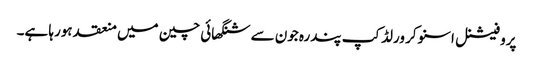
پروفیشنل اسنوکر ورلڈکپ پندرہ جون سے شنگھائی چین میں منعقد ہورہا ہے۔